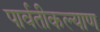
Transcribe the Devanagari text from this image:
पार्वतीकल्याण